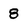
Character: 8